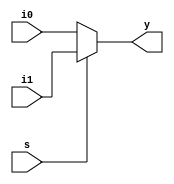
`timescale 1ns / 1ps

/*module mux_2x1(y,i0,i1,s );
output y;
input i0,i1,s;
	assign y = (~s&i0)|(s&i1);
endmodule*/
module mux_2x1(y,i0,i1,s );
output reg y;
input i0,i1,s;
always @(*)
begin
if(s==1)
y=i1;
else
y=i0;
end
endmodule